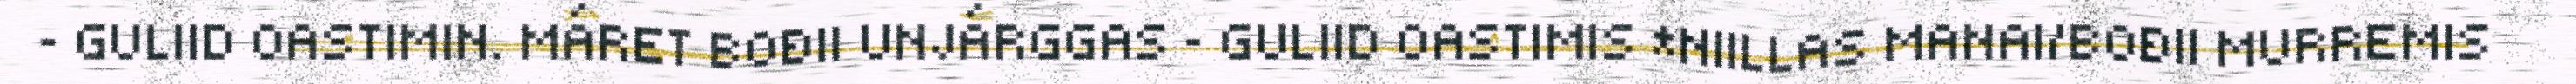
~ GULIID OASTIMIN. MÁRET BOĐII UNJÁRGGAS ~ GULIID OASTIMIS *NIILLAS MANAI/BOĐII MURREMIS